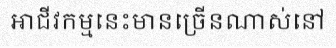
អាជីវកម្មនេះមានច្រើនណាស់នៅ